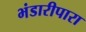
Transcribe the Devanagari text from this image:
भंडारीपारा